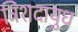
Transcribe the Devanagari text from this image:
त्रिंशदायुध